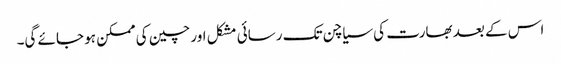
اس کے بعد بھارت کی سیاچن تک رسائی مشکل اور چین کی ممکن ہو جائے گی۔